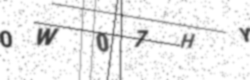
Text: 0W07HY